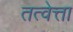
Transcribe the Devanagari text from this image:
तत्वेत्ता